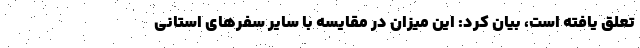
تعلق یافته است، بیان کرد: این میزان در مقایسه با سایر سفرهای استانی